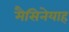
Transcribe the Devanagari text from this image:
मैसिनेयाह